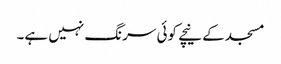
مسجد کے نیچے کوئی سرنگ نہیں ہے۔